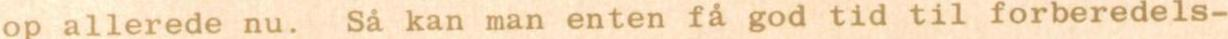
op allerede nu. Så kan man enten få god tid til forberedels-